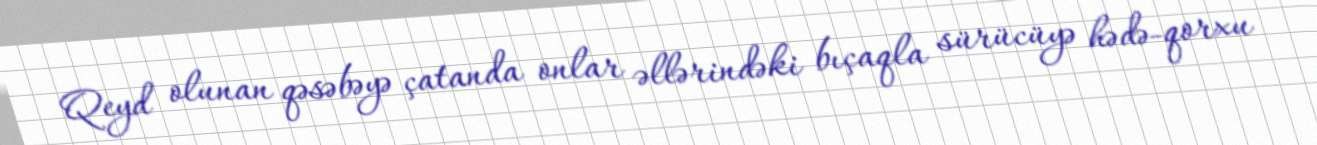
Qeyd olunan qəsəbəyə çatanda onlar əllərindəki bıçaqla sürücüyə hədə-qorxu